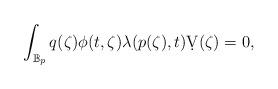
LaTeX: \begin{align*}\int_{\mathbb{B}_p} q(\zeta) \phi(t,\zeta) \lambda(p(\zeta),t)\d V(\zeta)=0,\end{align*}